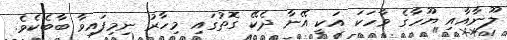
ލޫނާއާއި ޔޫހާގެ ވާހަކަ އަކީ އޭނާ ދެކޭ ގޮތުގައި މިހާރު ނިމިފައިވާ ބާބެކެވެ.